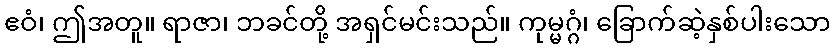
ဧဝံ၊ ဤအတူ။ ရာဇာ၊ ဘခင်တို့ အရှင်မင်းသည်။ ကုမ္မဂ္ဂံ၊ ခြောက်ဆဲ့နှစ်ပါးသော